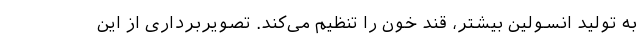
به تولید انسولین بیشتر، قند خون را تنظیم می‌کند. تصویربرداری از این